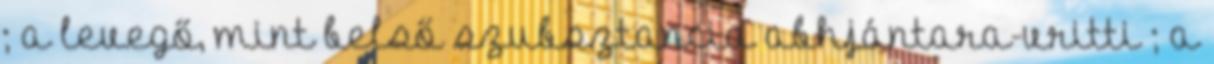
; a levegő, mint belső szubsztancia abhjántara-vritti ; a